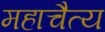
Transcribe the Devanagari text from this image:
महाचैत्‍य